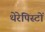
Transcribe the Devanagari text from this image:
थेरेपिस्टों